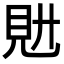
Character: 𧠌